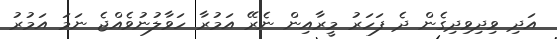
އަދި ވިދިވިދިގެން ދެ ފަހަރު މީރާއިން ނެރޭ އަމުރާ ހަވާލުނުވެއްޖެ ނަމަ އަމުރު